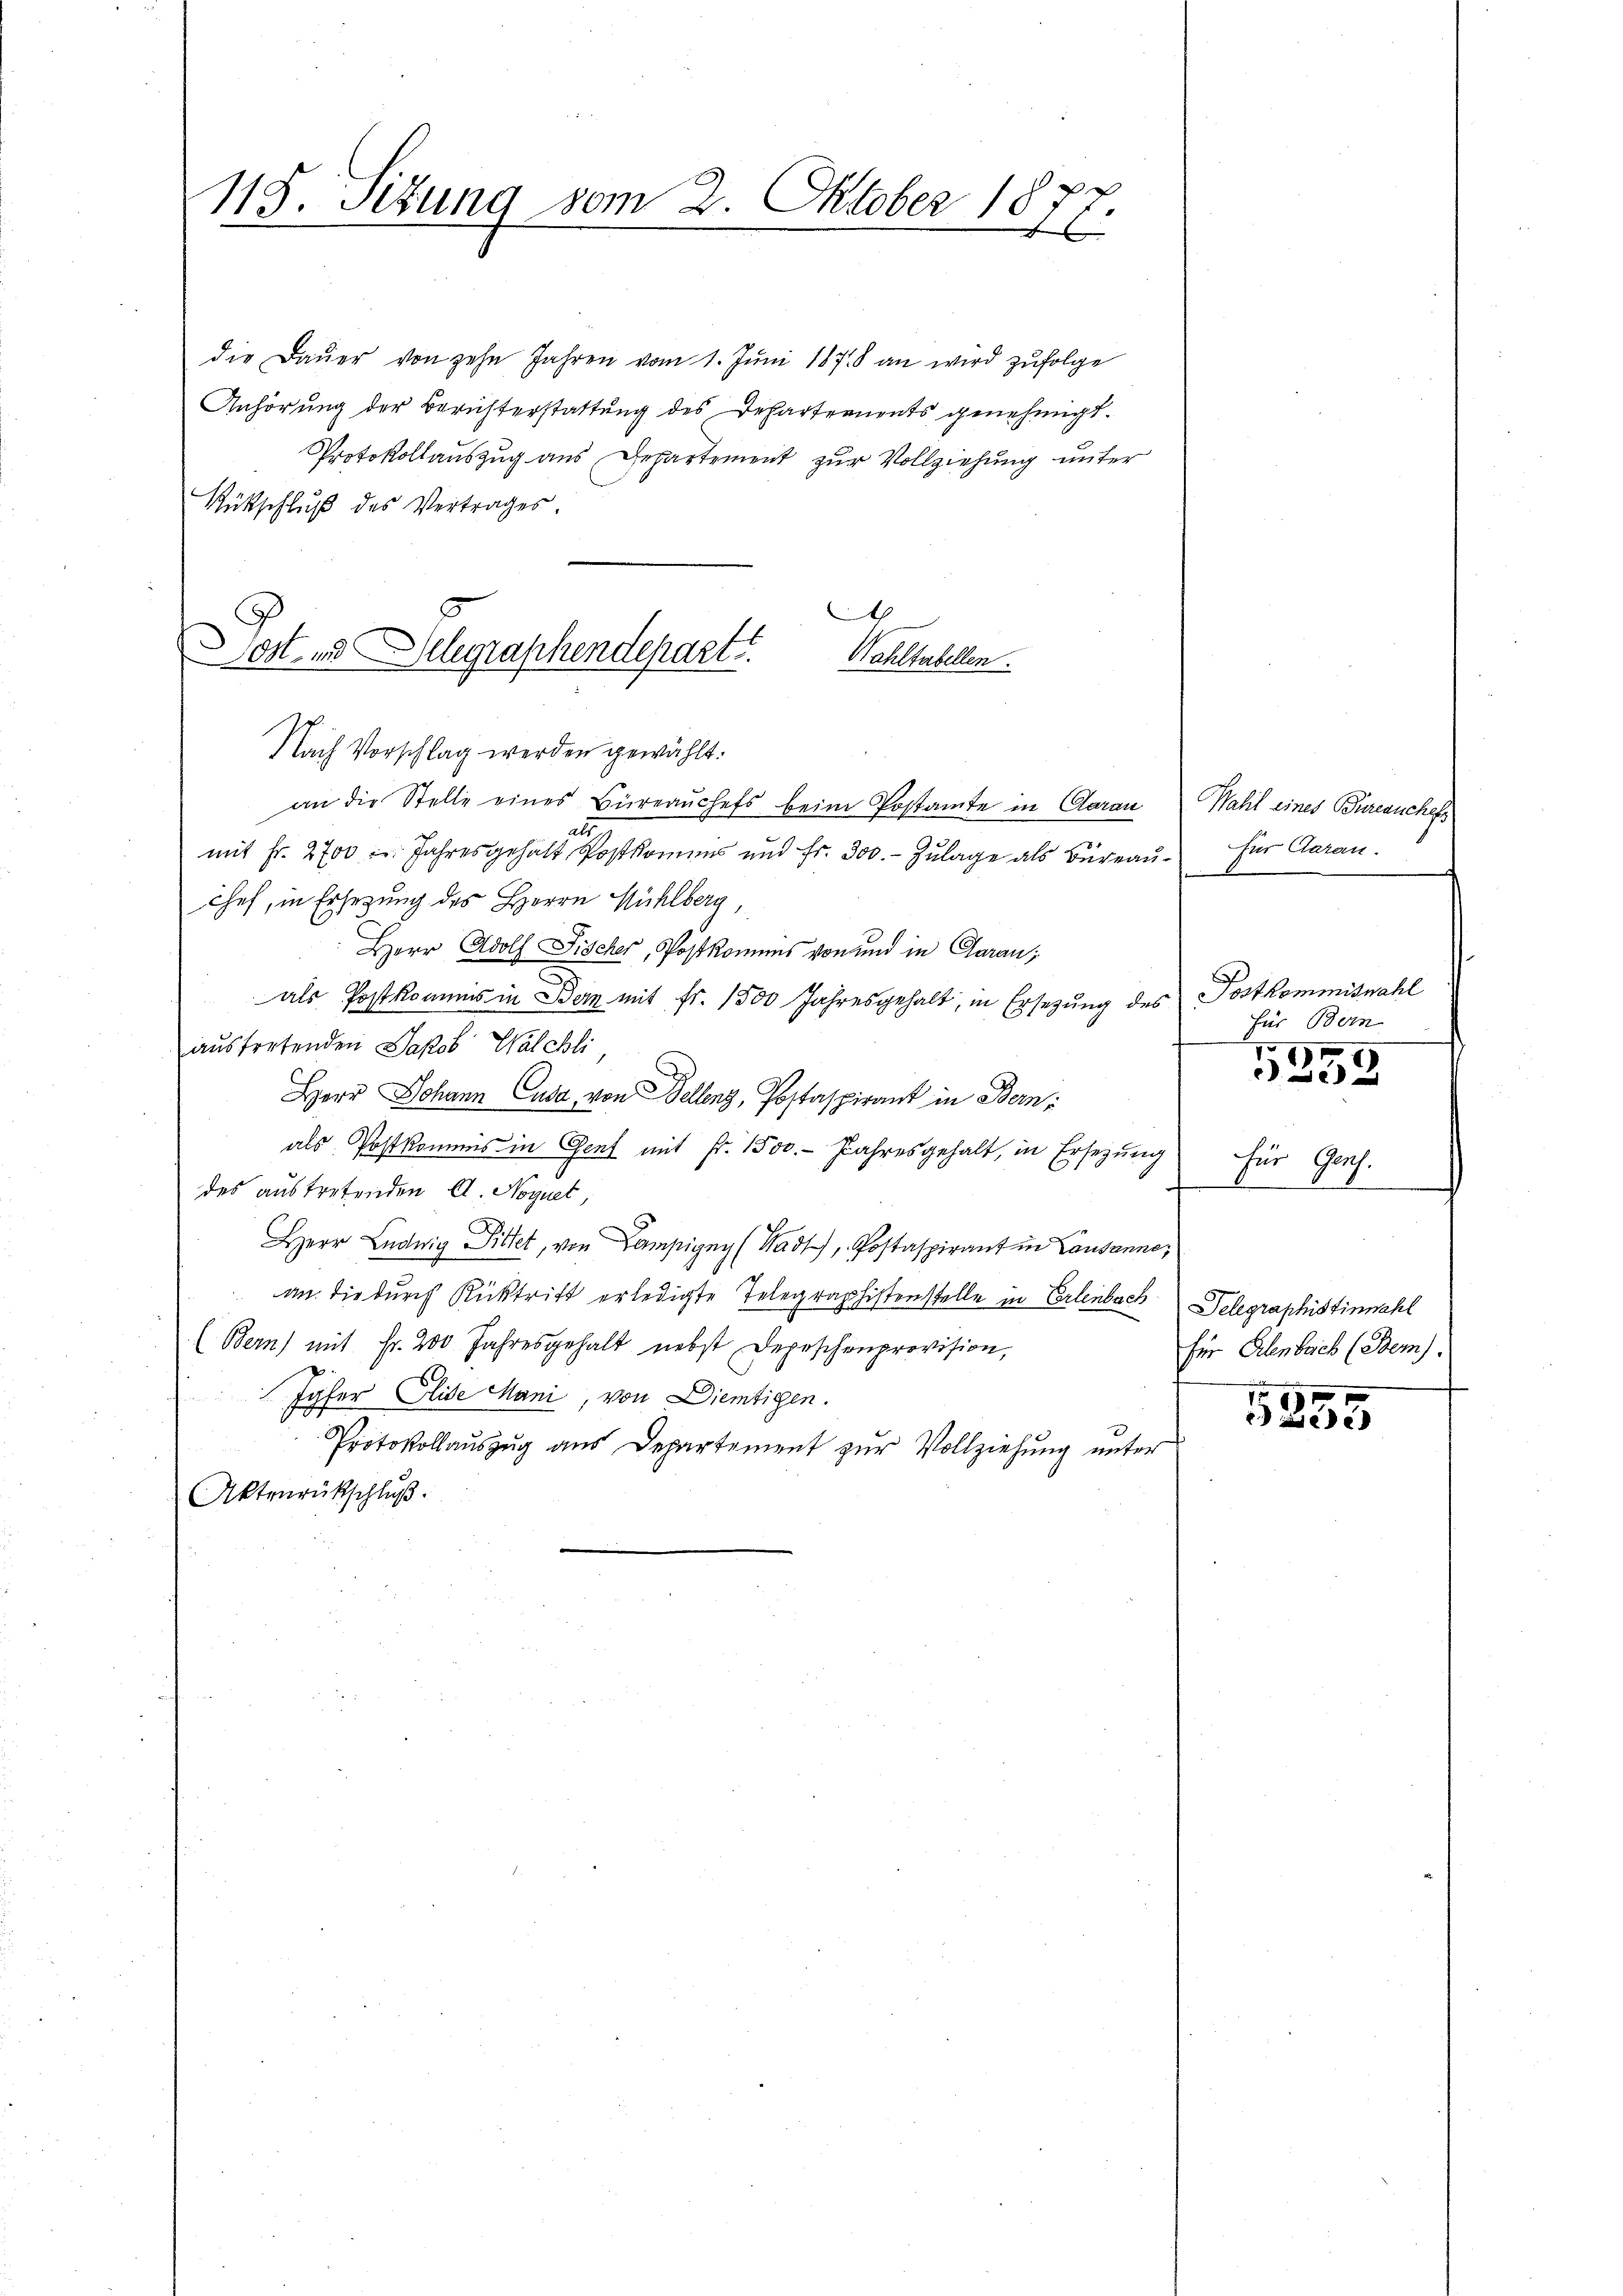
118. Setzung vom 2. Oktober 1877
.
x

die Daŭer von zehn Jahren vom 1. Juni 1878 an wird zufolge
Anhörung der Berichterstattung des Departements genehmigt.
Protokollauszug aus Departement zur Vollziehung unter
Rütschluß des Vertrages.
Nach Vorschlag werden gewählt:
an die Stelle eines Büreaŭchefs beim Postamte in Clarau
b
mit Fr. 2700 u. Jahresgehalt Postkommes und fr. 300.- Zŭlage als Büreaŭ für Claran.
Chef, in Ersezung des Herrn Mühlberg,
Herr Adolf Fischer, Postkommes von und in Garan,
als Postkommis in Bern mit fr. 1500 Jahresgehalt, in Ersezung des Postkommiswahl
austretenden Jakob Walchli,
Herr Johann Cusa, von Dellenz, Postaspirant in Bern,
als Postkommis in Cent mit Fr. 1500. Jahresgehalt, in Ersezung
des austretenden A. Noquet,
HHerr Ludwig Sittet, von Campigny (Wadt, Postaspirant in Lausanne,
an die durch Rücktritt erledigte Telegraphistenstelle in Erlenbach
(Bern) mit Fr. 200 Jahresgehalt nebst Depeschenprovision,
Jyfer Elise Mani, von Diemtigen.
Protokollauszug aus Departement zur Vollziehung unter
Aktenrückschluß.

.
ost- u. Gelegraphendepart
Kahltabellen.

Wahl eines Büreauchel

für Bern
17.

22

für Genf.

Telegraphistinnahl
für Erlenbach (Bem).

5255